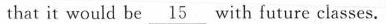
that it would be \underline{15} with future classes.